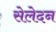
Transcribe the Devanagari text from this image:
सेलेदन